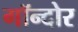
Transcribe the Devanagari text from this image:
गॉन्दोर